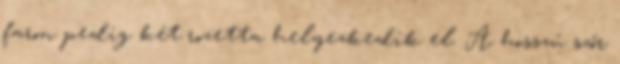
faron pedig két rozetta helyezkedik el. A hosszú szőr